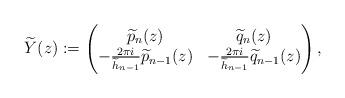
LaTeX: \begin{align*}\widetilde{Y}(z) := \begin{pmatrix}\widetilde{p}_n(z) & \widetilde{q}_n(z) \\ -\frac{2\pi i}{\widetilde{h}_{n-1}} \widetilde{p}_{n-1}(z)& -\frac{2\pi i}{\widetilde{h}_{n-1}} \widetilde{q}_{n-1}(z)\end{pmatrix},\end{align*}